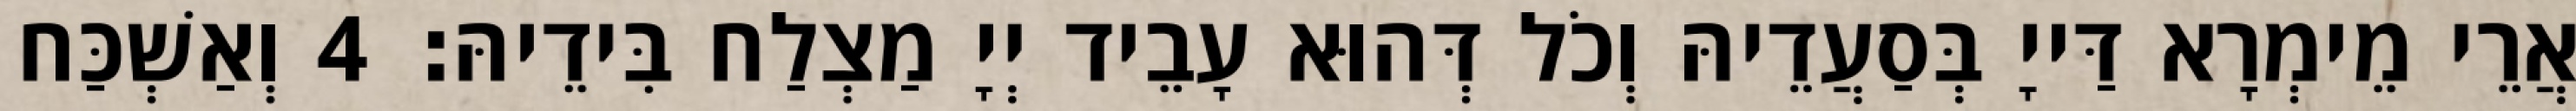
אֲרֵי מֵימְרָא דַּייָ בְּסַעֲדֵיהּ וְכֹל דְּהוּא עָבֵיד יְיָ מַצְלַח בִּידֵיהּ׃ 4 וְאַשְׁכַּח